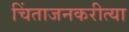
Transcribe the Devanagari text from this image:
चिंताजनकरीत्या